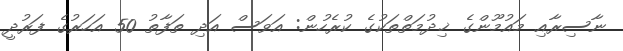
ނާސިރާއި މައުމޫންގެ ޚިދުމަތްތަކުގެ ކުރެހުން: އަވަސް އަދި ތަފާތު 50 އަހަރުގެ ފަރުދީ